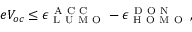
e V _ { o c } \leq \epsilon _ { \mathrm { ~ L ~ U ~ M ~ O ~ } } ^ { \mathrm { ~ A ~ C ~ C ~ } } - \epsilon _ { \mathrm { ~ H ~ O ~ M ~ O ~ } } ^ { \mathrm { ~ D ~ O ~ N ~ } } \, ,